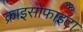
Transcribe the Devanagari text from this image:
क्राइसोफाइटा